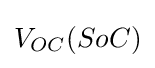
V_{OC}(SoC)